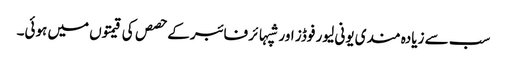
سب سے زیادہ مندی یونی لیور فوڈز اور شپہائر فائبر کے حصص کی قیمتوں میں ہوئی۔